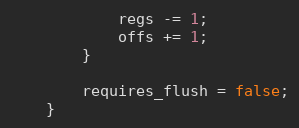
Language: C
			regs -= 1;
			offs += 1;
		}

		requires_flush = false;
	}